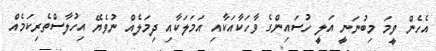
އެހެން ވީމަ މިބުނަނީ އަލީ ހުސައިންގެ ވާހަކާއަކާއި އަމަލަކާއި ދިމަލެއް ނުވެޔޭ އިހުލާސްތެރިކަމެއް